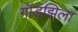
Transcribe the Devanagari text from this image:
गॉडझिला